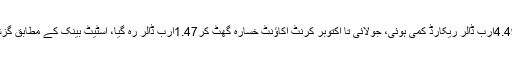
اسٹیٹ بینک کے مطابق جولائی تا اکتوبر کرنٹ اکاؤنٹ خسارے میں4.49ارب ڈالر ریکارڈ کمی ہوئی، جولائی تا اکتوبر کرنٹ اکاؤنٹ خسارہ گھٹ کر1.47ارب ڈالر رہ گیا، اسٹیٹ بینک کے مطابق گزشتہ مالی سال جولائی تا اکتوبرکرنٹ اکاؤنٹ خسارہ5.56ارب ڈالر تھا۔